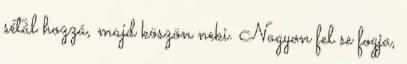
sétál hozzá, majd köszön neki. Nagyon fel se fogja,